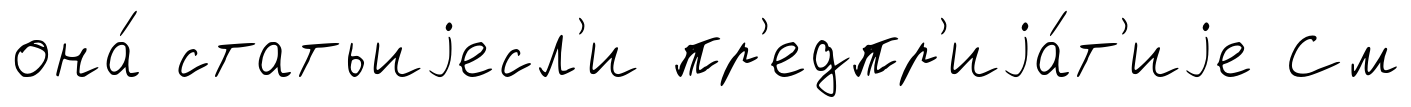
она́ статьиjесл'и пр'едпр'иjа́т'иjе См